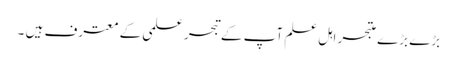
بڑے بڑے متبحر اہل علم آپ کے تبحر علمی کے معترف ہیں ۔